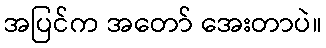
အပြင်က အတော် အေးတာပဲ။